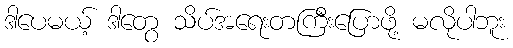
ဒါပေမယ့် ဒါတွေ သိပ်အရေးတကြီးပြောဖို့ မလိုပါဘူး